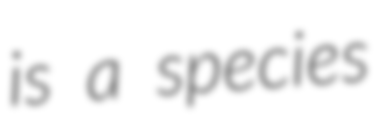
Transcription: is a species